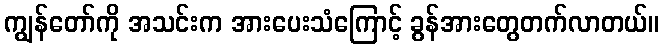
ကျွန်တော်ကို အသင်းက အားပေးသံကြောင့် ခွန်အားတွေတက်လာတယ်။